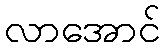
လာအောင်